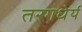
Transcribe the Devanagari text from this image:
तरगधेर्य